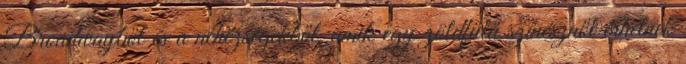
Broadwayből és a nehézségekből, amik egy zöldfülű színésznőt érhetnek